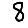
Digit: 8